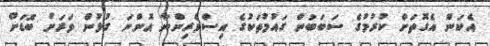
އެކަން އެގޮތަށް ކުރުމުގެ ސަބަބުން ގައުމުތަކުގެ އިސްވެރިންނާ އޮންނަ ގުޅުން ވަރަށް ބޮޑަށް